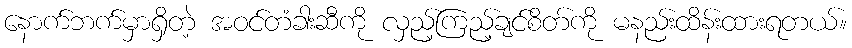
နောက်ဘက်မှာရှိတဲ့ အဝင်တံခါးဆီကို လှည့်ကြည့်ချင်စိတ်ကို မနည်းထိန်းထားရတယ်။